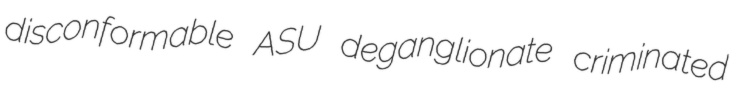
disconformable ASU deganglionate criminated